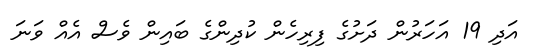
އަދި 19 އަހަރުން ދަށުގެ ފިރިހެން ކުދިންގެ ބައިން ވެސް އެއް ވަނަ